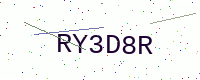
Text: RY3D8R